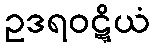
ဥဒရဝဋ္ဋိယံ